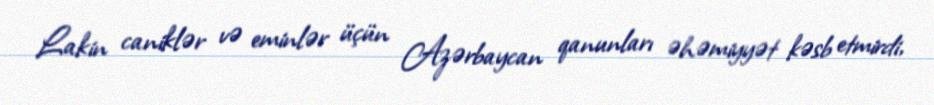
Lakin caniklər və eminlər üçün Azərbaycan qanunları əhəmiyyət kəsb etmirdi,